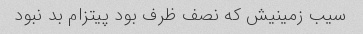
سیب زمینیش که نصف ظرف بود پیتزام بد نبود